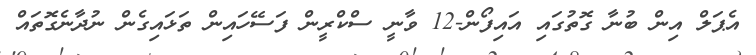
އެޕަލް އިން ބުނާ ގޮތުގައި އައިފޯން-12 ވާނީ ސްކްރީން ފަސޭހައިން ތަޅައިގެން ނުދާނެގޮތައް